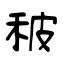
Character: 秛